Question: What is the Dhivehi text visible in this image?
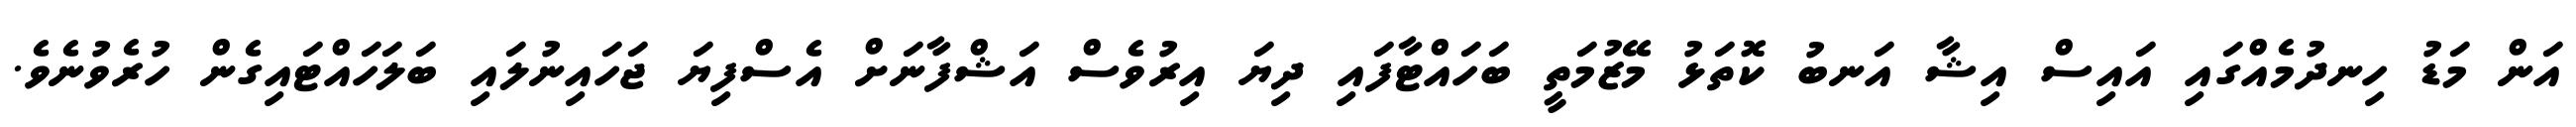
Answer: އަން މަޑު ހިނދުމެއްގައި އައިސް އިޝާ އަނބު ކޮތަޅު މޭޒުމަތީ ބަހައްޓާފައި ދިޔަ އިރުވެސް އަޝްފާނަށް އެސްފިޔަ ޖަހައިނުލައި ބަލަހައްޓައިގެން ހުރެވުނެވެ.